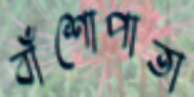
বাঁশোপাতা